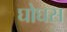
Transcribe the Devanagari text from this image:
घोघस